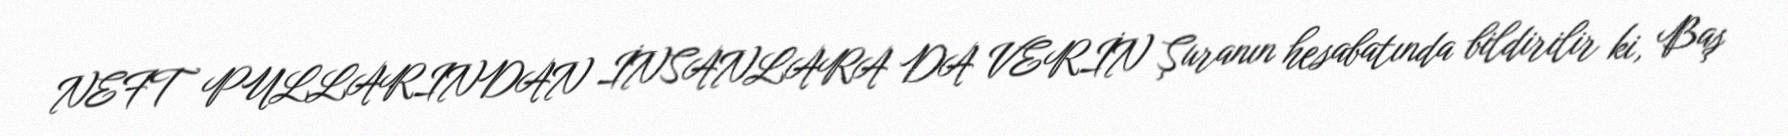
NEFT PULLARINDAN İNSANLARA DA VERİN Şuranın hesabatında bildirilir ki, Baş